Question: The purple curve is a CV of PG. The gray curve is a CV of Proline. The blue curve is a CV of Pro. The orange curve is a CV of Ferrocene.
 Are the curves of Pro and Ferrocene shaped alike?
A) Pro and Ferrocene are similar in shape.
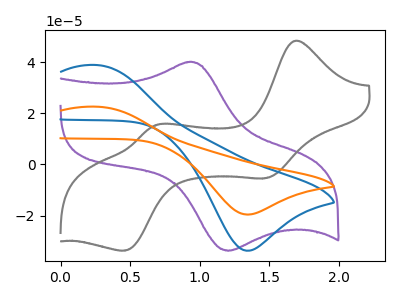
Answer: <think>The purple curve "PG" has an anodic peak at (0.90V, 40.00uA) and a cathodic peak at (1.20V, -33.75uA). The gray curve "Proline" has anodic peaks at (1.70V, 48.25uA) (0.70V, 15.30uA) and cathodic peaks at (1.50V, -5.30uA) (0.45V, -33.65uA). The blue curve "Pro" has an anodic peak at (0.25V, 38.80uA) and a cathodic peak at (1.35V, -33.75uA). The orange curve "Ferrocene" has an anodic peak at (0.25V, 22.55uA) and a cathodic peak at (1.35V, -19.60uA).
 All the peaks in "Pro" have a peak in "Ferrocene" at the same potential. Every peak in "Pro" is higher than every peak in "Ferrocene".</think>
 <answer>A) "Pro" and "Ferrocene" are similar in shape.</answer>
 <eval>A</eval>